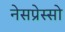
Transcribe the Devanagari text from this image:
नेसप्रेस्सो